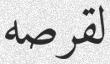
لقرصه